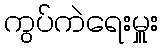
ကွပ်ကဲရေးမှူး